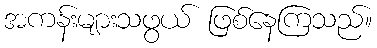
အကန်းများသဖွယ် ဖြစ်နေကြသည်။